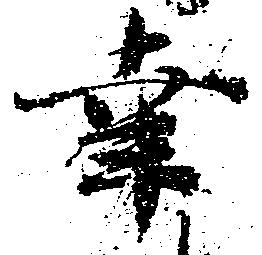
幸